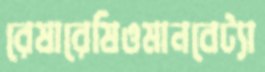
রেষারেষিওমানবেট্যা